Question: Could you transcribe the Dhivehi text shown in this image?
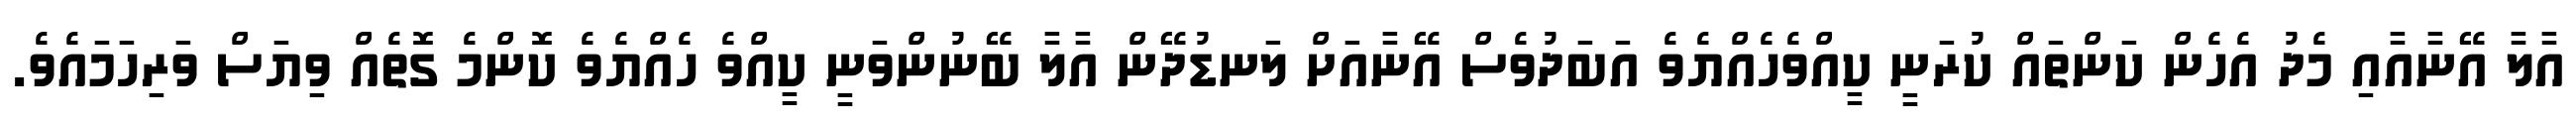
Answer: އާލާ އޭނާއާއި މެދު އެހެން ކަންތައް ކުރަނީ ކީއްވެހެއްޔެވެ އަބަދުވެސް އޭނާއަށް ލަނޑުދޭން އާލާ ބޭނުންވަނީ ކީއްވެ ހެއްޔެވެ ކޮންމެ ގޮތެއް ވިޔަސް ވަރިހަމައެވެ.